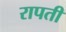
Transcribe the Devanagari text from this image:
रापती